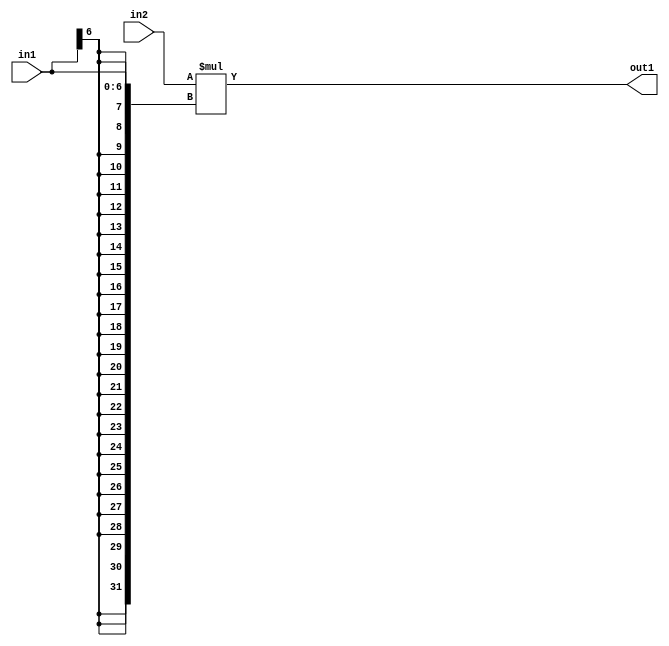
`timescale 1ps / 1ps
/*****************************************************************************
    Verilog RTL Description
    
    
    Created by: Stratus DpOpt 21.05.01 
*******************************************************************************/

module SobelFilter_Mul_32Sx7S_32S_4 (
	in2,
	in1,
	out1
	); /* architecture "behavioural" */ 
input [31:0] in2;
input [6:0] in1;
output [31:0] out1;
wire [31:0] asc001;

assign asc001 = 
	+(in2 * {{25{in1[6]}}, in1});

assign out1 = asc001;
endmodule

/* CADENCE  ubP2TAw= : u9/ySxbfrwZIxEzHVQQV8Q== ** DO NOT EDIT THIS LINE ******/